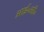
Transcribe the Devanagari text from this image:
आई॰सी॰